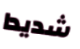
شديدا